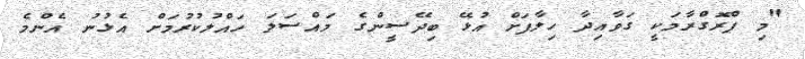
"މި ޕްރޮގްރާމަކީ ގަވާއިދާ ހިލާފަށް އުޅޭ ބިދޭސީންގެ މައްސަލަ ހައްލުކުރުމަށް އެޅުނު އެންމެ